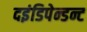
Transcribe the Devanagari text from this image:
दइंडिपेन्डन्ट